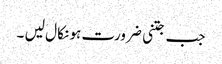
جب جتنی ضرورت ہو نکا ل لیں ۔